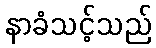
နာခံသင့်သည်